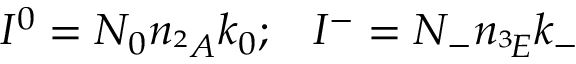
I ^ { 0 } = N _ { 0 } n _ { ^ 2 A } k _ { 0 } ; \; \; \; I ^ { - } = N _ { - } n _ { ^ 3 \! E } k _ { - }